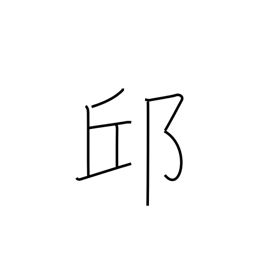
Meaning: hill